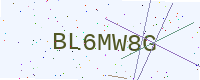
Text: BL6MW8G